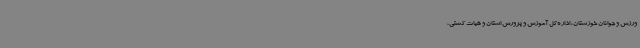
ورزش و جوانان خوزستان، اداره‌کل آموزش و پرورش استان و هیات کشتی،